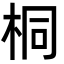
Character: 桐